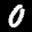
Label: 0